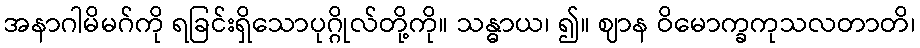
အနာဂါမိမဂ်ကို ရခြင်းရှိသောပုဂ္ဂိုလ်တို့ကို။ သန္ဓာယ၊ ၍။ ဈာန ဝိမောက္ခကုသလတာတိ၊